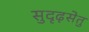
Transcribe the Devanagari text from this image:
सुदृढ़सेतु